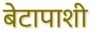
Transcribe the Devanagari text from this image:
बेटापाशी